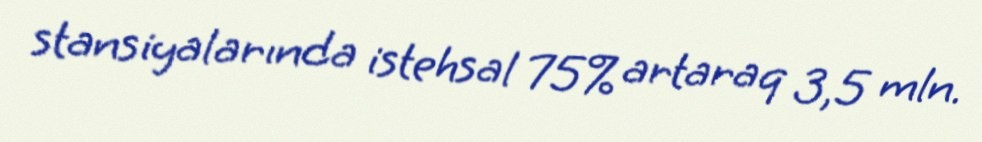
stansiyalarında istehsal 75% artaraq 3,5 mln.